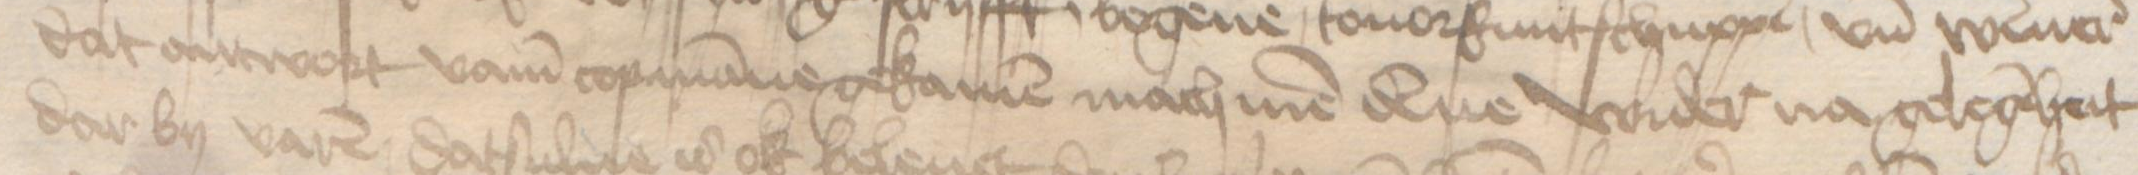
Transcription: dat antwort vamm copmanne gekamen mach men denne wider na gelegeheit